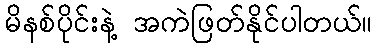
မိနစ်ပိုင်းနဲ့ အကဲဖြတ်နိုင်ပါတယ်။